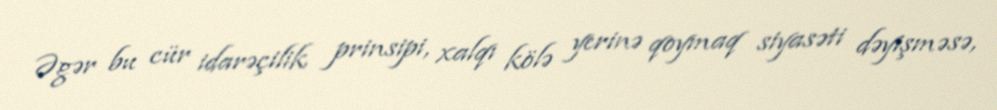
Əgər bu cür idarəçilik prinsipi, xalqı kölə yerinə qoymaq siyasəti dəyişməsə,